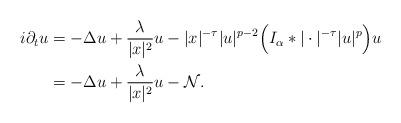
LaTeX: \begin{align*}i\partial_t u &=-\Delta u + \frac\lambda{|x|^2}u -|x|^{-\tau}|u|^{p-2}\Big(I_\alpha*|\cdot|^{-\tau}|u|^p\Big)u \\&=-\Delta u + \frac\lambda{|x|^2}u -\mathcal N.\end{align*}